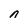
Character: n